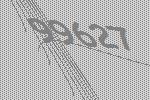
99627